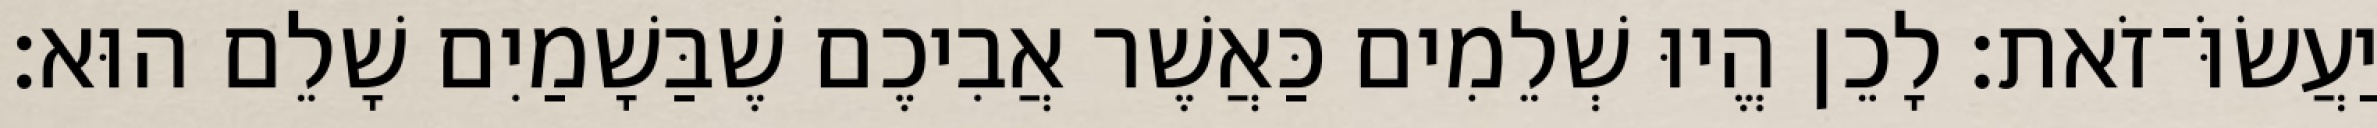
יַעֲשׂוֹּ־זֹאת׃ לָכֵן הֱיוּ שְׁלֵמִים כַּאֲשֶׁר אֲבִיכֶם שֶׁבַּשָׁמַיִם שָׁלֵם הוּא׃